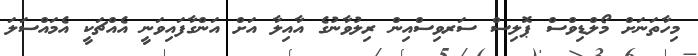
މިހާތަނަށް މޯލްޑިވްސް ޕޮލިސް ސަރވިސްއިން ރިލުވާނުގެ އާއިލާ އަށް އަންގާފައިވަނީ އެއްޗަކީ އެމައްސަލަ